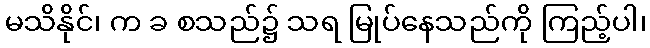
မသိနိုင်၊ က ခ စသည်၌ သရ မြုပ်နေသည်ကို ကြည့်ပါ၊